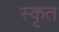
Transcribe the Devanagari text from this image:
स्कृत